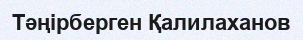
Тәңірберген Қалилаханов